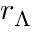
r _ { \Lambda }